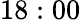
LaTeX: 18:00